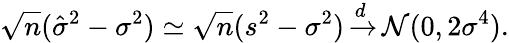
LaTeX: {\sqrt{n}}({\hat{\sigma}}^{2}-\sigma^{2})\simeq{\sqrt{n}}(s^{2}-\sigma^{2})\, {\xrightarrow{d}}\, {\mathcal{N}}(0,2\sigma^{4}).